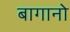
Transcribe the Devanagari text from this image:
बागानो